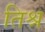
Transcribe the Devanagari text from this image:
तिश्र